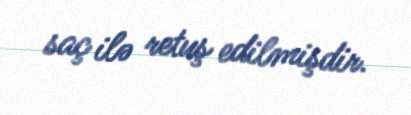
saç ilə retuş edilmişdir.